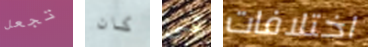
تجعل كان في اختلافات